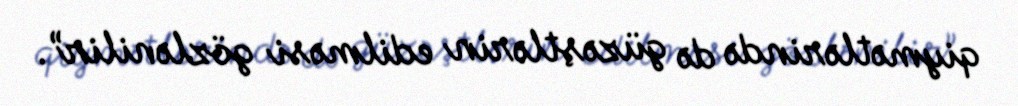
qiymətlərində də güzəştlərin edilməsi gözlənilir”.